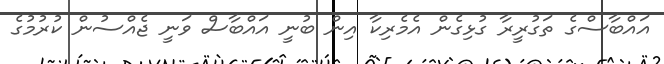
އައްބާސްގެ ތަގުރީރާ ގުޅިގެން އެމެރިކާ އިން ބުނީ އައްބާސް ވަނީ ޖެއްސުން ކުރުމުގެ